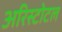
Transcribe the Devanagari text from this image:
अरिस्टोटल